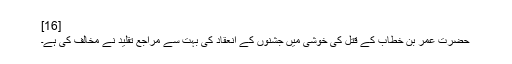
[16]
حضرت عمر بن خطاب کے قتل کی خوشی میں جشنوں کے انعقاد کی بہت سے مراجع تقلید نے مخالف کی ہے۔